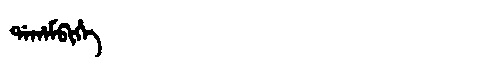
Manchu: ᡩᠠᡥᠠᠮᠪᡳᡥᡝ
Romanization: DAHAMBIHE